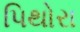
પિથોરા